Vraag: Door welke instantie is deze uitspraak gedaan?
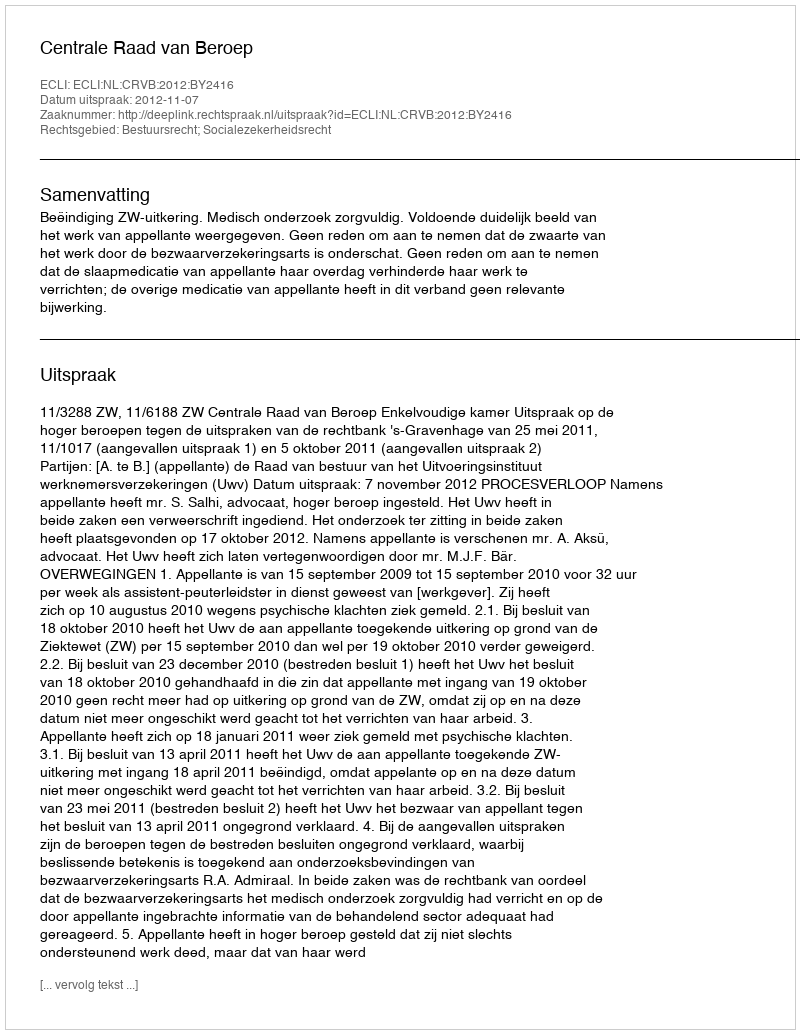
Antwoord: Centrale Raad van Beroep